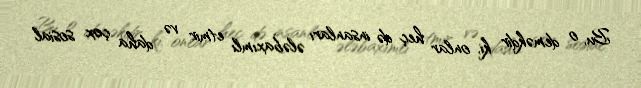
Bu, o deməkdir ki, onlar heç də insanları ələbaxımlı etmir və daha çox sosial